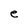
Character: e